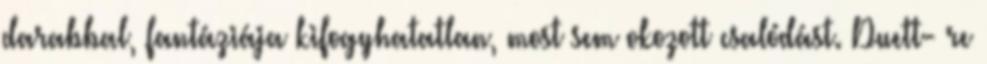
darabbal, fantáziája kifogyhatatlan, most sem okozott csalódást. Duett- re